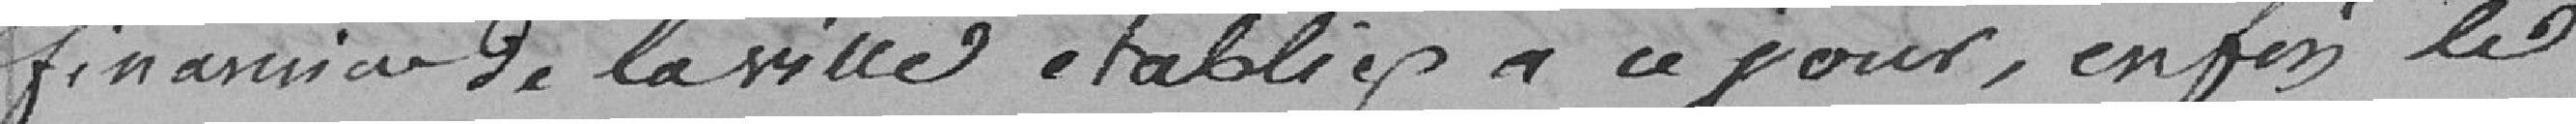
financier de la ville établies à ce jour, enfin le